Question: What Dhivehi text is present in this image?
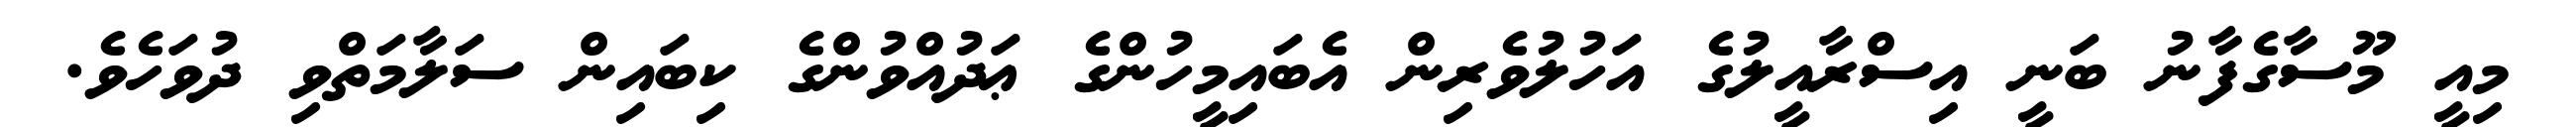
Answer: މިއީ މޫސާގެފާނު ބަނީ އިސްރާއީލުގެ އަހުލުވެރިން އެބައިމީހުންގެ ޢަދުއްވުންގެ ކިބައިން ސަލާމަތްވި ދުވަހެވެ.